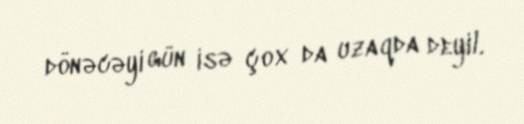
dönəcəyi gün isə çox da uzaqda deyil.